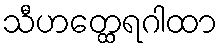
သီဟတ္ထေရဂါထာ